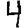
Digit: 4